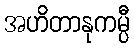
အဟိတာနုကမ္ပီ